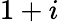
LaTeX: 1+i